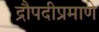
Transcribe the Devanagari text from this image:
द्रौपदीप्रमाणे